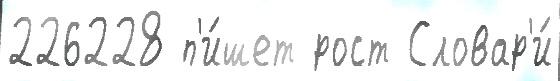
226228 п'и́шет рост Словар'и́